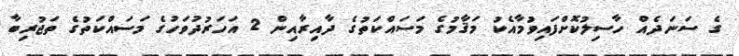
ގެ ސަނަދެއް ހާސިލުކޮށްފައިވުމާއެކު މަޤާމުގެ މަސައްކަތުގެ ދާއިރާއިން 2 އަހަރުދުވަހުގެ މަސައްކަތުގެ ތަޖުރިބާ